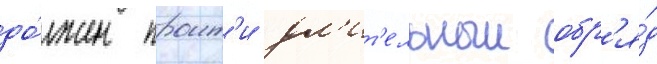
до́лжен проит'и дл'ит'ельныи обр'я́д